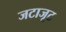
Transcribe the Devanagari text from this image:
जटाजूट